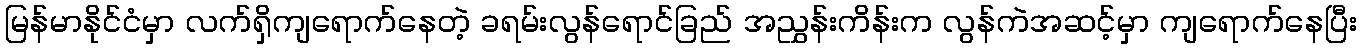
မြန်မာနိုင်ငံမှာ လက်ရှိကျရောက်နေတဲ့ ခရမ်းလွန်ရောင်ခြည် အညွှန်းကိန်းက လွန်ကဲအဆင့်မှာ ကျရောက်နေပြီး